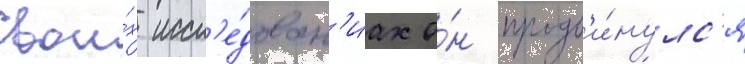
свои́х иссл'е́дован'иах о́н продв'и́нулс'я